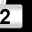
Digit: 2